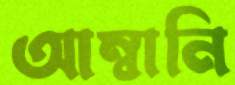
আম্বানি